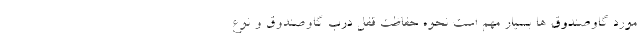
مورد گاوصندوق ­ها بسیار مهم است نحوه حفاظت قفل درب گاوصندوق و نوع